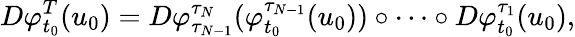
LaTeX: D\varphi_{t_{0}}^{T}(u_{0})=D\varphi_{\tau_{N-1}}^{\tau_{N}}(\varphi_{t_{0}}^{\tau_{N-1}}(u_{0}))\circ\cdots\circ D\varphi_{t_{0}}^{\tau_{1}}(u_{0}),